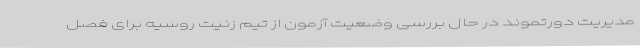
مدیریت دورتموند در حال بررسی وضعیت آزمون از تیم زنیت روسیه برای فصل